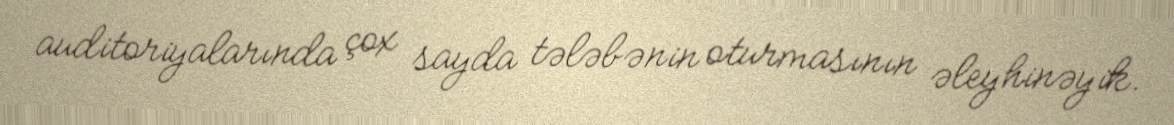
auditoriyalarında çox sayda tələbənin oturmasının əleyhinəyik.